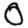
Digit: 0